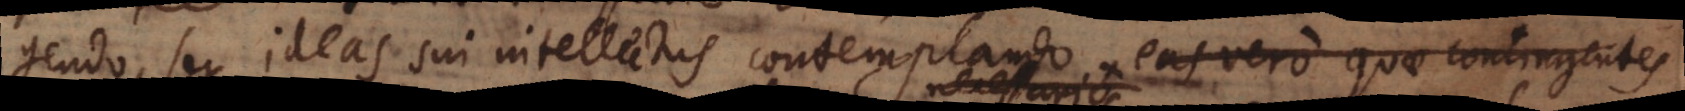
intelligendo, seu ideas sui intellectus contemplando, eas vero quae contingentes